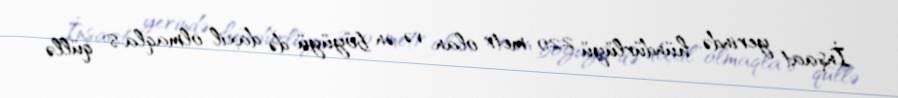
İnşaat yerində, hündürlüyü 220 metr olan və ən böyüyü də daxil olmaqla 8 qüllə